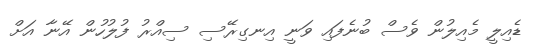
ޑެއިލީ މެއިލުން ވެސް ބުނެފައި ވަނީ އިނގިރޭސި ސިއްރު ފުލުހުން އޭނާ އަށް